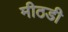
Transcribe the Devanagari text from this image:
मीठडी